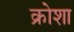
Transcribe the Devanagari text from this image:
क्रोशा